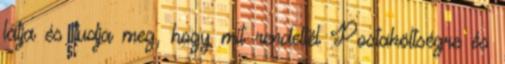
látja és tudja meg, hogy mit rendeltél Postaköltségre és